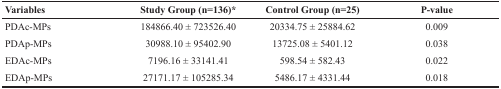
<table><thead><tr><td><b>Variables</b></td><td><b>Study Group (n=136)*</b></td><td><b>Control Group (n=25)</b></td><td><b>P-value</b></td></tr></thead><tbody><tr><td>PDAc-MPs</td><td>184866.40 ± 723526.40</td><td>20334.75 ± 25884.62</td><td>0.009</td></tr><tr><td>PDAp-MPs</td><td>30988.10 ± 95402.90</td><td>13725.08 ± 5401.12</td><td>0.038</td></tr><tr><td>EDAc-MPs</td><td>7196.16 ± 33141.41</td><td>598.54 ± 582.43</td><td>0.022</td></tr><tr><td>EDAp-MPs</td><td>27171.17 ± 105285.34</td><td>5486.17 ± 4331.44</td><td>0.018</td></tr></tbody></table>